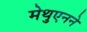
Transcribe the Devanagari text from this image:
मेथुएनने